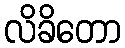
လိခိတော